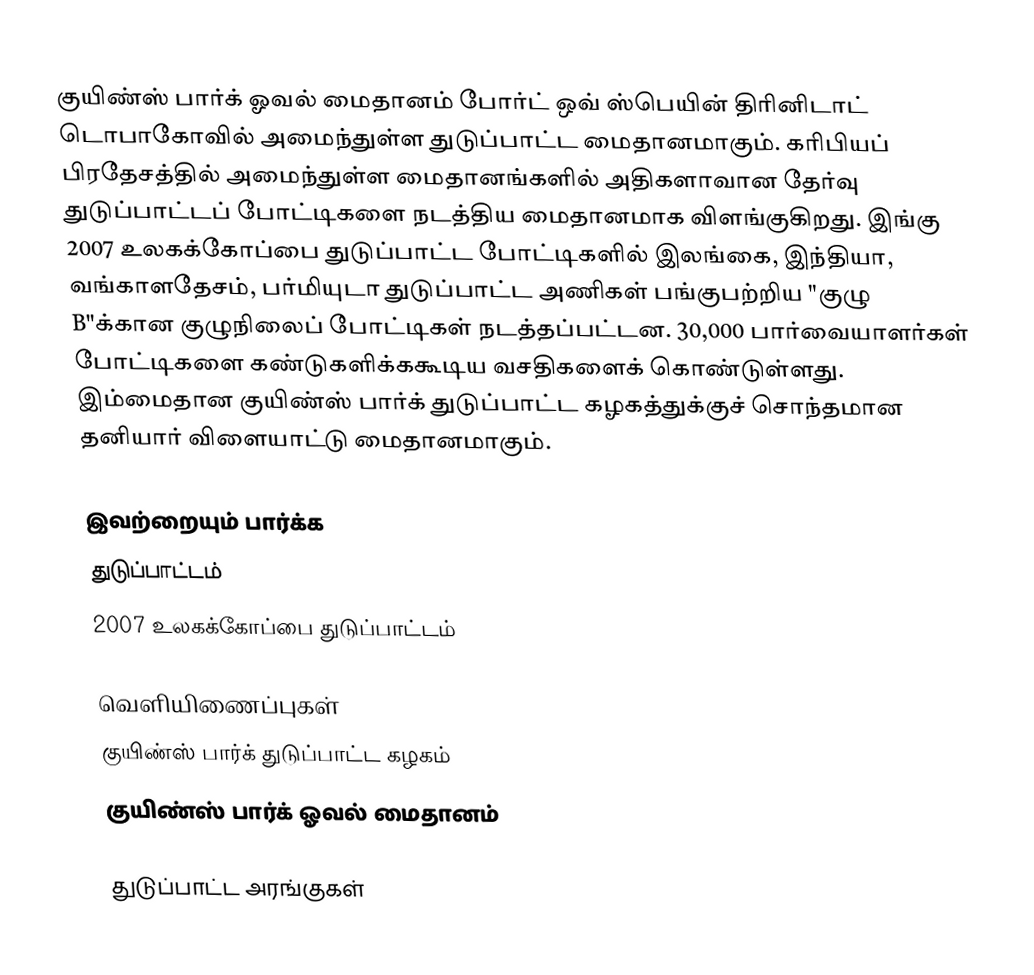
குயிண்ஸ் பார்க் ஓவல் மைதானம் போர்ட் ஒவ் ஸ்பெயின் திரினிடாட் டொபாகோவில் அமைந்துள்ள துடுப்பாட்ட மைதானமாகும். கரிபியப் பிரதேசத்தில் அமைந்துள்ள மைதானங்களில் அதிகளாவான தேர்வு துடுப்பாட்டப் போட்டிகளை நடத்திய மைதானமாக விளங்குகிறது. இங்கு  2007 உலகக்கோப்பை துடுப்பாட்ட போட்டிகளில் இலங்கை, இந்தியா, வங்காளதேசம், பர்மியுடா துடுப்பாட்ட அணிகள் பங்குபற்றிய "குழு B"க்கான குழுநிலைப் போட்டிகள்  நடத்தப்பட்டன. 30,000 பார்வையாளர்கள் போட்டிகளை கண்டுகளிக்ககூடிய வசதிகளைக் கொண்டுள்ளது. இம்மைதான குயிண்ஸ் பார்க் துடுப்பாட்ட கழகத்துக்குச் சொந்தமான தனியார் விளையாட்டு மைதானமாகும்.

இவற்றையும் பார்க்க
துடுப்பாட்டம்
2007 உலகக்கோப்பை துடுப்பாட்டம்

வெளியிணைப்புகள்
குயிண்ஸ் பார்க் துடுப்பாட்ட கழகம்
குயிண்ஸ் பார்க் ஓவல் மைதானம்

துடுப்பாட்ட அரங்குகள்